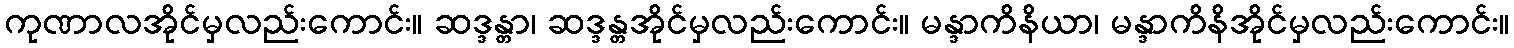
ကုဏာလအိုင်မှလည်းကောင်း။ ဆဒ္ဒန္တာ၊ ဆဒ္ဒန္တအိုင်မှလည်းကောင်း။ မန္ဒာကိနိယာ၊ မန္ဒာကိနိအိုင်မှလည်းကောင်း။